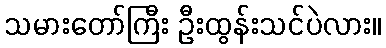
သမားတော်ကြီး ဦးထွန်းသင်ပဲလား။